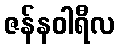
ဇန်နဝါရီလ